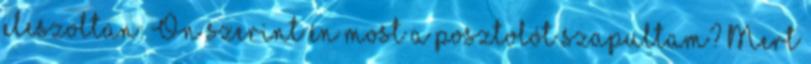
eleszoltan: Ön szerint én most a posztolót szapultam? Mert